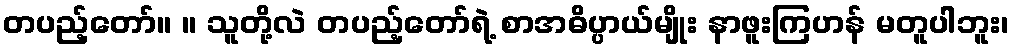
တပည့်တော်။ ။ သူတို့လဲ တပည့်တော်ရဲ့ စာအဓိပ္ပာယ်မျိုး နာဖူးကြဟန် မတူပါဘူး၊